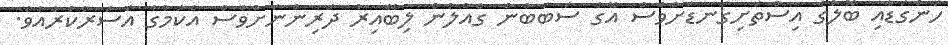
ހަންގަޑާއި ބޮލުގެ އިސްތަށިގަނޑަށްވެސް އޭގެ ސަބަބުން ގެއްލުން ލިބޭއިރު ދަރިންނަށްވެސް އެކަމުގެ އަސަރުކުރެއެވެ.